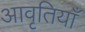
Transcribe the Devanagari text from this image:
आवृतियाँ